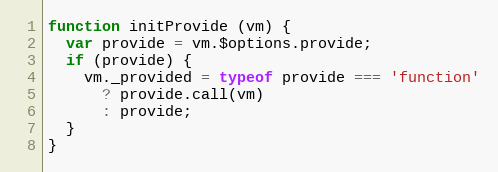
Language: JavaScript
function initProvide (vm) {
  var provide = vm.$options.provide;
  if (provide) {
    vm._provided = typeof provide === 'function'
      ? provide.call(vm)
      : provide;
  }
}